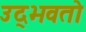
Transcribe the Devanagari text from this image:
उद्‌भवतो